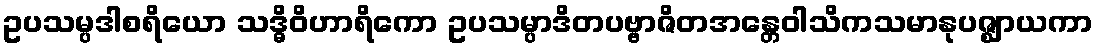
ဥပသမ္ပဒါစရိယော သဒ္ဓိဝိဟာရိကော ဥပသမ္ပာဒိတပဗ္ဗာဇိတအန္တေဝါသိကသမာနုပဇ္ဈာယကာ